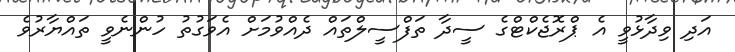
އަދި ވިދާޅުވީ އެ ޕްރޮޖެކްޓްގެ ސީދާ ތަފްސީލްތައް ދެއްވުމަށް އެވަގުތު ހުންނެވީ ތައްޔާރުވެ